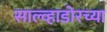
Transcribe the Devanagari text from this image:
साल्व्हाडोरच्या